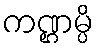
ကဏ္ဌမ္ပိ